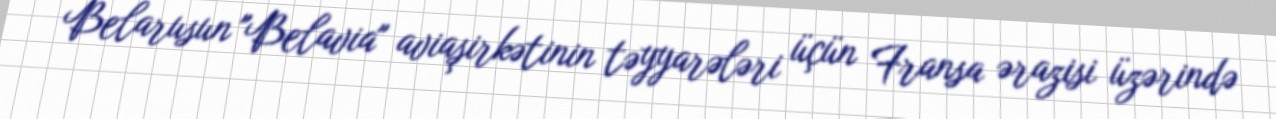
Belarusun "Belavia" aviaşirkətinin təyyarələri üçün Fransa ərazisi üzərində